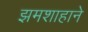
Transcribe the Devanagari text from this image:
झमशाहाने